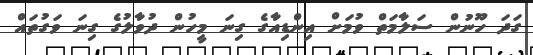
ގަދަ ހޫނުން ސަލާމަތް ވުމަށް އިންޑިއާގެ ގިނަ މީހުން ދުވާލުގެ ގިނަ ވަގުތައް